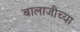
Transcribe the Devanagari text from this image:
बालाजीच्या